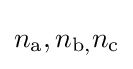
n_{\text{a}},n_{\text{b,}}n_{\text{c}}